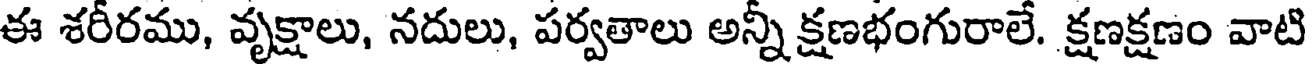
ఈ శరీరము, వృక్షాలు, నదులు, పర్వతాలు అన్నీ క్షణభంగురాలే. క్షణక్షణం వాటి